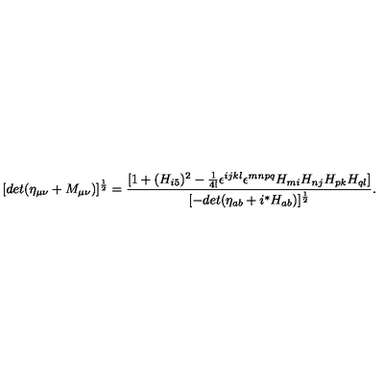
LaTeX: [ d e t ( \eta _ { \mu \nu } + M _ { \mu \nu } ) ] ^ { \frac { 1 } { 2 } } = \frac { [ 1 + ( H _ { i 5 } ) ^ { 2 } - \frac { 1 } { 4 ! } \epsilon ^ { i j k l } \epsilon ^ { m n p q } H _ { m i } H _ { n j } H _ { p k } H _ { q l } ] } { [ - d e t ( \eta _ { a b } + i { } ^ { * } H _ { a b } ) ] ^ { \frac { 1 } { 2 } } } .